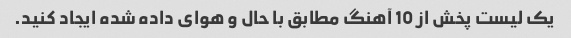
یک لیست پخش از 10 آهنگ مطابق با حال و هوای داده شده ایجاد کنید.